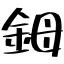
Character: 鉧